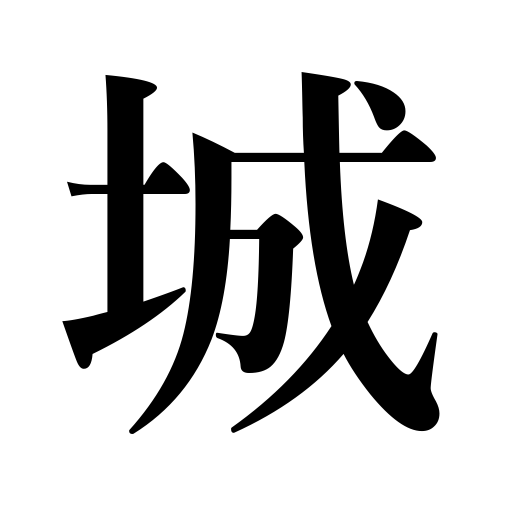
Meanings: citadel,castle